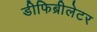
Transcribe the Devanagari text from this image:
डीफिब्रीलेटर